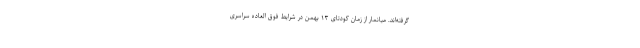
گرفته‌اند. میانمار از زمان کودتای ۱۳ بهمن در شرایط فوق العاده سراسری